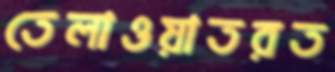
তেলাওয়াতরত